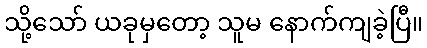
သို့သော် ယခုမှတော့ သူမ နောက်ကျခဲ့ပြီ။